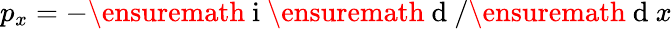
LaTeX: p_{x}=-\ensuremath{\mathrm{~i~}}\ensuremath{\mathrm{~d~}}/\ensuremath{\mathrm{~d~}}x